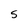
Character: S